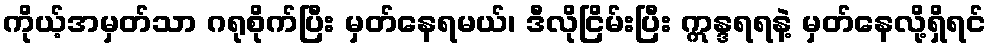
ကိုယ့်အမှတ်သာ ဂရုစိုက်ပြီး မှတ်နေရမယ်၊ ဒီလိုငြိမ်းပြီး ဣန္ဒရရနဲ့ မှတ်နေလို့ရှိရင်